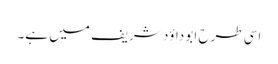
اسی طرح ابو داؤد شریف میں ہے۔